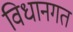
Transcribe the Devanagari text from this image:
विधानगत